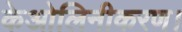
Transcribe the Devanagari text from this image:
केओलिनीकरण।